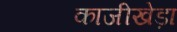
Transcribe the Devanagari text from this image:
काजीखेड़ा